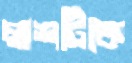
লাশটিকে